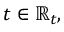
t \in \mathbb { R } _ { t } ,